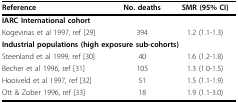
| Reference | No. deaths | SMR (95% CI) |
 | --- | --- | --- |
 | IARC International cohort |  |  |
 | Kogevinas et al 1997, ref [29] | 394 | 1.2 (1.1-1.3) |
 | <COLSPAN=3> Industrial populations (high exposure sub-cohorts) |
 | Steenland et al 1999, ref [30] | 40 | 1.6 (1.2-1.8) |
 | Becher et al 1996, ref [31] | 105 | 1.3 (1.0-1.5) |
 | Hooiveld et al 1997, ref [32] | 51 | 1.5 (1.1-1.9) |
 | Ott & Zober 1996, ref [33] | 18 | 1.9 (1.1-3.0) |